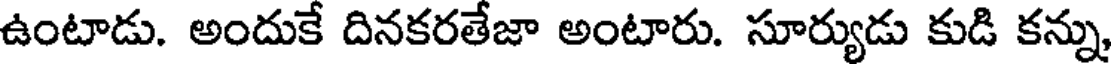
ఉంటాడు. అందుకే దినకరతేజా అంటారు. సూర్యుడు కుడి కన్ను